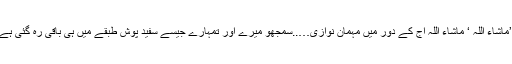
’’ماشاء اللہ ‘ ماشاء اللہ آج کے دور میں مہمان نوازی…..سمجھو میرے اور تمہارے جیسے سفید پوش طبقے میں ہی باقی رہ گئی ہے۔